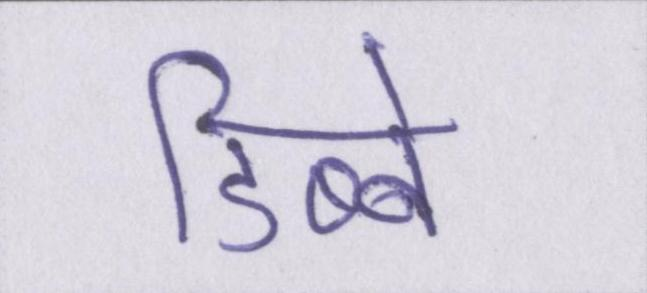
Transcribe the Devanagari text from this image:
डिब्बे